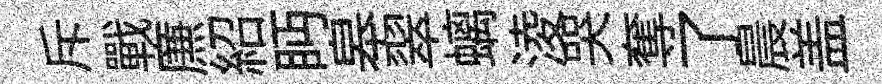
斥戰㢘紹眄皋翠螭淩哭奪了晨盖